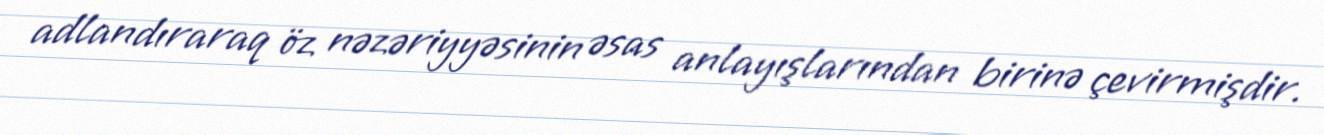
adlandıraraq öz nəzəriyyəsinin əsas anlayışlarından birinə çevirmişdir.